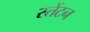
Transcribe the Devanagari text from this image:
स्तेंटन